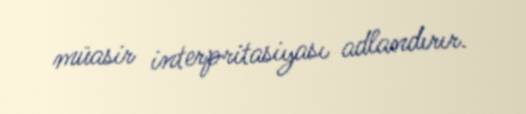
müasir interpritasiyası adlandırır.